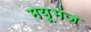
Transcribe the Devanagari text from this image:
मयूभंज